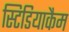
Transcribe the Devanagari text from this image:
स्टिडियाकैम